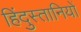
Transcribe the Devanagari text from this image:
हिंदुस्तानियों